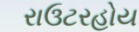
રાઉટરહોય